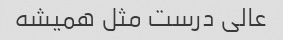
عالی درست مثل همیشه